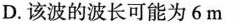
D.该波的波长可能为6m